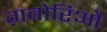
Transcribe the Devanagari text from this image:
ग़बोरिऔ